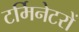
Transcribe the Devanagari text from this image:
टर्मिनेटरों